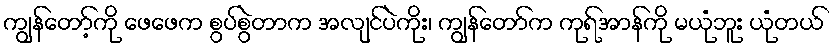
ကျွန်တော့်ကို ဖေဖေက စွပ်စွဲတာက အလျင်ပဲကိုး၊ ကျွန်တော်က ကုရ်အာန်ကို မယုံဘူး ယုံတယ်